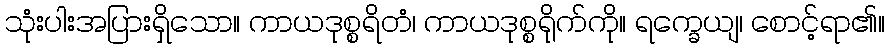
သုံးပါးအပြားရှိသော။ ကာယဒုစ္စရိတံ၊ ကာယဒုစ္စရိုက်ကို။ ရက္ခေယျ၊ စောင့်ရာ၏။